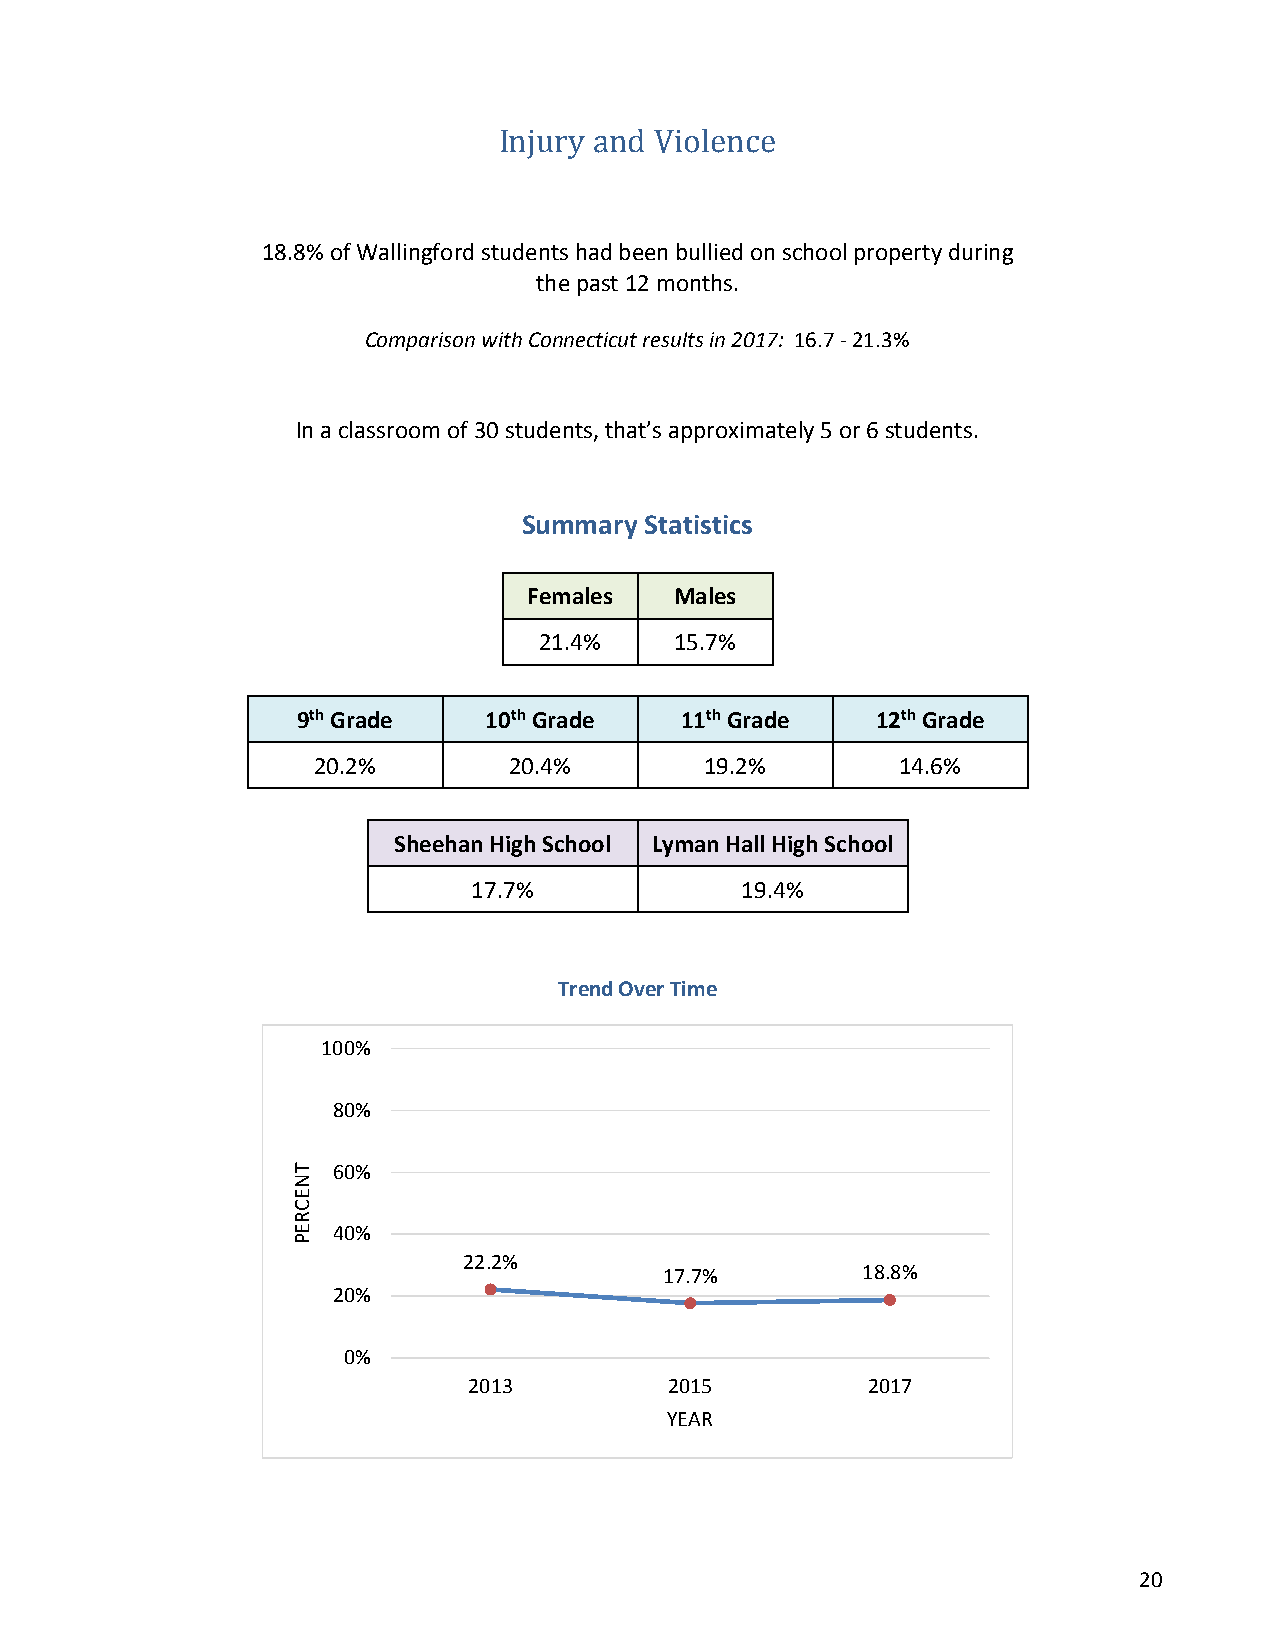
Injury and Violence
 18.8% of Wallingford students had been bullied on school property during
 the past 12 months.
 Comparison with Connecticut results in 2017: 16.7 - 21.3%
 In a classroom of 30 students, that’s approximately 5 or 6 students.
 Summary Statistics
 Females   Males
 21.4%    15.7%
 9th Grade   10th Grade   11th Grade   12th Grade
 20.2%        20.4%        19.2%        14.6%
 Sheehan High School Lyman Hall High School
 17.7%             19.4%
 Trend Over Time
 100%
 80%
 60%
 40%
 22.2%
 17.7%        18.8%
 20%
 0%
 2013         2015         2017
 YEAR
 20
 TNECREP